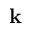
\textbf { k }